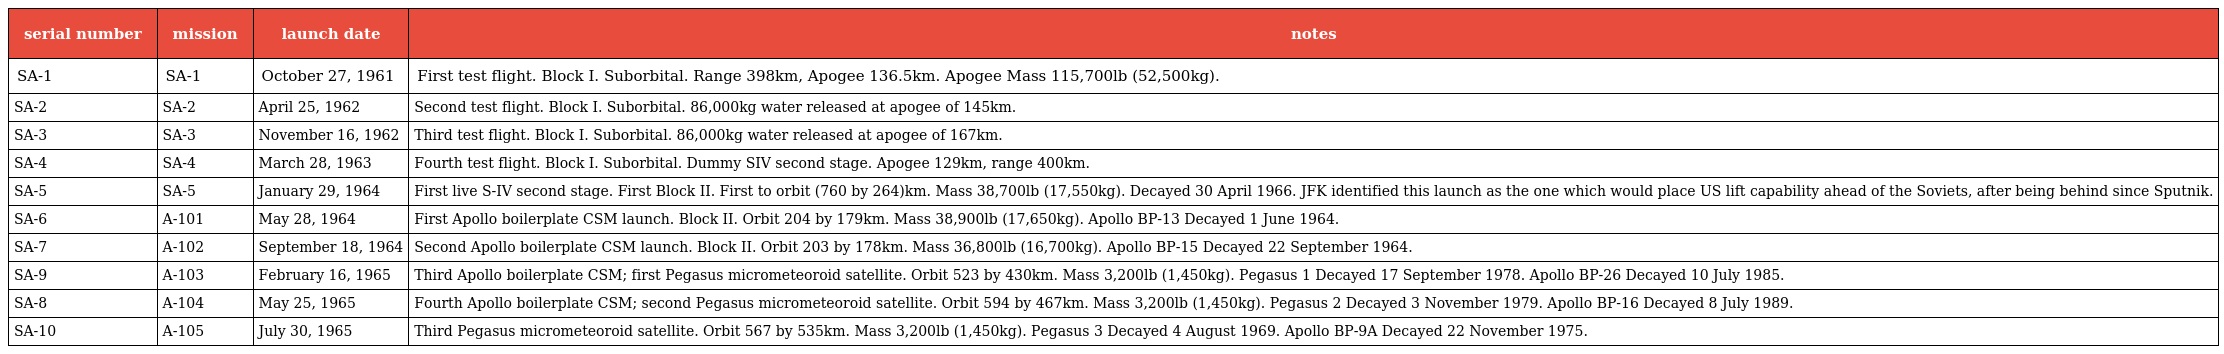
| serial number | mission | launch date | notes |
 | --- | --- | --- | --- |
 | SA-1 | SA-1 | October 27, 1961 | First test flight. Block I. Suborbital. Range 398km, Apogee 136.5km. Apogee Mass 115,700lb (52,500kg). |
 | SA-2 | SA-2 | April 25, 1962 | Second test flight. Block I. Suborbital. 86,000kg water released at apogee of 145km. |
 | SA-3 | SA-3 | November 16, 1962 | Third test flight. Block I. Suborbital. 86,000kg water released at apogee of 167km. |
 | SA-4 | SA-4 | March 28, 1963 | Fourth test flight. Block I. Suborbital. Dummy SIV second stage. Apogee 129km, range 400km. |
 | SA-5 | SA-5 | January 29, 1964 | First live S-IV second stage. First Block II. First to orbit (760 by 264)km. Mass 38,700lb (17,550kg). Decayed 30 April 1966. JFK identified this launch as the one which would place US lift capability ahead of the Soviets, after being behind since Sputnik. |
 | SA-6 | A-101 | May 28, 1964 | First Apollo boilerplate CSM launch. Block II. Orbit 204 by 179km. Mass 38,900lb (17,650kg). Apollo BP-13 Decayed 1 June 1964. |
 | SA-7 | A-102 | September 18, 1964 | Second Apollo boilerplate CSM launch. Block II. Orbit 203 by 178km. Mass 36,800lb (16,700kg). Apollo BP-15 Decayed 22 September 1964. |
 | SA-9 | A-103 | February 16, 1965 | Third Apollo boilerplate CSM; first Pegasus micrometeoroid satellite. Orbit 523 by 430km. Mass 3,200lb (1,450kg). Pegasus 1 Decayed 17 September 1978. Apollo BP-26 Decayed 10 July 1985. |
 | SA-8 | A-104 | May 25, 1965 | Fourth Apollo boilerplate CSM; second Pegasus micrometeoroid satellite. Orbit 594 by 467km. Mass 3,200lb (1,450kg). Pegasus 2 Decayed 3 November 1979. Apollo BP-16 Decayed 8 July 1989. |
 | SA-10 | A-105 | July 30, 1965 | Third Pegasus micrometeoroid satellite. Orbit 567 by 535km. Mass 3,200lb (1,450kg). Pegasus 3 Decayed 4 August 1969. Apollo BP-9A Decayed 22 November 1975. |